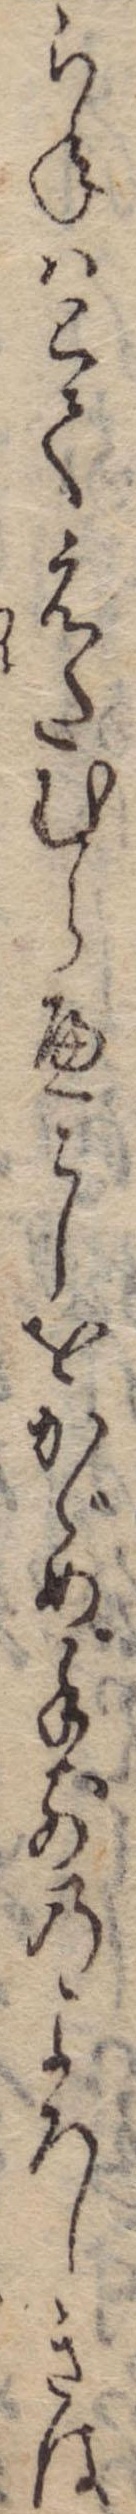
らねはとてえたむらへこしをかゞめ手前のよろしきは